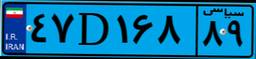
۴۷D۱۶۸۸۹